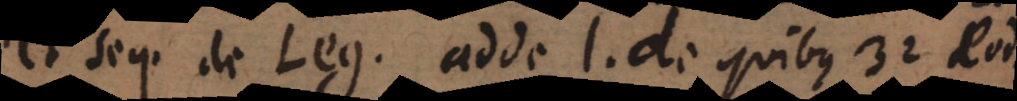
et seq. de Leg. adde l. de quibus 32 eod.